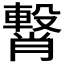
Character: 𮝥